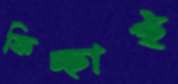
কিচ্ছাই